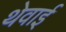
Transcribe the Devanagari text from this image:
थेवाई